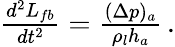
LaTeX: \begin{array}{r}{\frac{d^{2}L_{fb}}{dt^{2}}=\frac{(\Delta p)_{a}}{\rho_{l}h_{a}}\, .}\end{array}